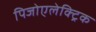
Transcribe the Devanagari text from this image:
पिजोएलेक्ट्रिक